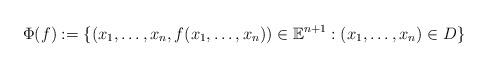
LaTeX: \begin{align*}\Phi(f):=\{(x_1,\ldots,x_n,f(x_1,\ldots,x_n))\in {\mathbb E}^{n+1}: (x_1,\ldots,x_n)\in D\}\end{align*}